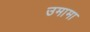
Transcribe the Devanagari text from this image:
उमामा